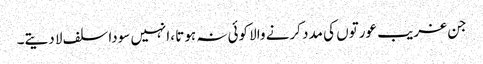
جن غریب عورتوں کی مدد کرنے والا کوئی نہ ہوتا ،انہیں سودا سلف لا دیتے۔